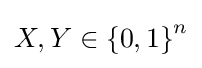
X,Y\in \left\{0,1\right\}^{n}